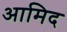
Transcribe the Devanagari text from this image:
आमिद